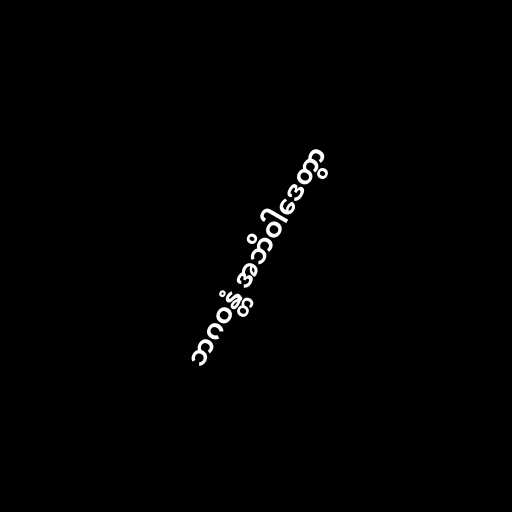
ဘဂဝန္တံ အဘိဝါဒေတွာ